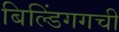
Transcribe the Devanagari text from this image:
बिल्डिंगगची